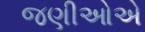
જણીઓએ